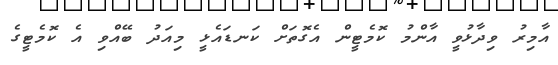
އާމިރު ވިދާޅުވީ އާންމު ކޮމެޓީން އެގޮތަށް ކަނޑައެޅީ މިއަދު ބޭއްވި އެ ކޮމެޓީގެ